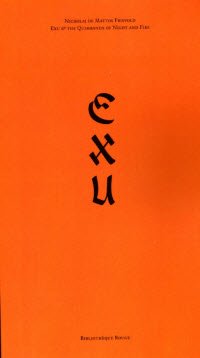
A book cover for Exu: Exu and the Quimbanda of Night and Fire; Nicholaj de Mattos Frisvold; Religion & Spirituality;